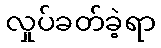
လှုပ်ခတ်ခဲ့ရာ